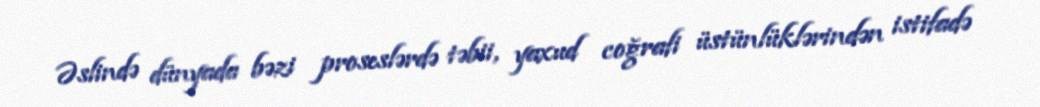
Əslində dünyada bəzi proseslərdə təbii, yaxud coğrafi üstünlüklərindən istifadə